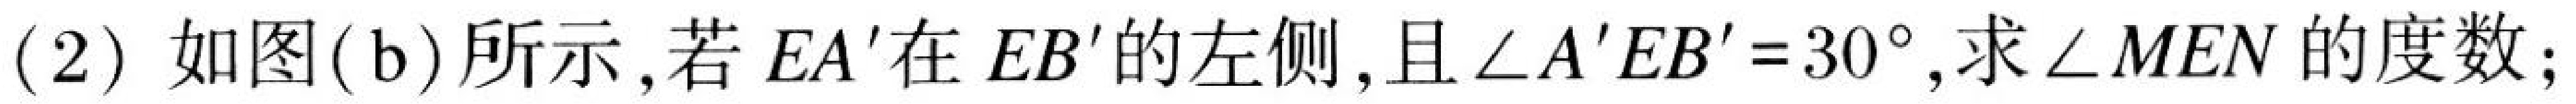
(2)如图(b)所示,若$EA'$在$EB'$的左侧,且$\angle A'EB' = 30^{\circ}$,求$\angle MEN$的度数;